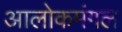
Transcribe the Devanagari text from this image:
आलोकमंगल